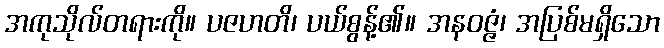
အကုသိုလ်တရားကို။ ပဇဟတိ၊ ပယ်စွန့်၏။ အနဝဇ္ဇံ၊ အပြစ်မရှိသော